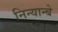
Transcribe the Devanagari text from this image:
निन्यान्बे